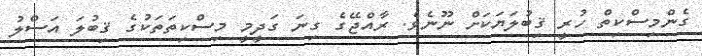
ގެންމިސްކިތް ހުރީ ޤިބުލަޔަކަށް ނޫނެވެ. ރާއްޖޭގެ ގިނަ ގަދީމީ މިސްކިތަތަކުގެ ޤިބުލަ އަސްލު